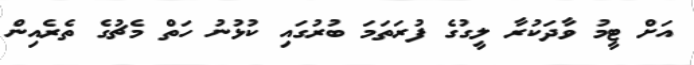
އަށް ޓީމު ވާދަކުރާ ލީގުގެ ފުރަތަމަ ބުރުގައި ކުޅުނު ހަތް މެޗުގެ ތެރެއިން